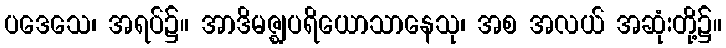
ပဒေသေ၊ အရပ်၌။ အာဒိမဇ္ဈပရိယောသာနေသု၊ အစ အလယ် အဆုံးတို့၌။